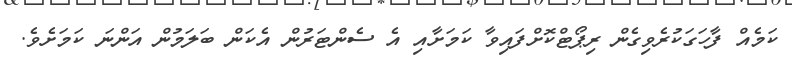
ކަމެއް ފާހަގަކުރެވިގެން ރިޕޯޓްކޮށްފައިވާ ކަމަށާއި އެ ސެންޓަރުން އެކަން ބަލަމުން އަންނަ ކަމަށެވެ.